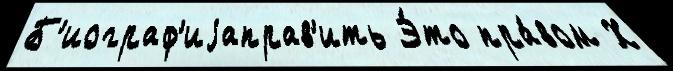
Б'иограф'иjаправ'ить Э́то пра́вом Х